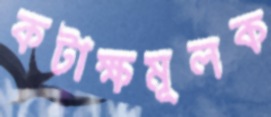
কটাক্ষমূলক